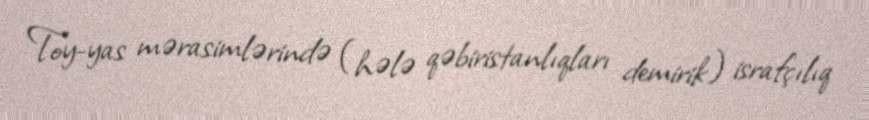
Toy-yas mərasimlərində (hələ qəbiristanlıqları demirik) israfçılıq